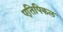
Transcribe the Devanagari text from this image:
एतिपिकल